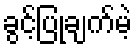
ခွင့်ပြုချက်မဲ့